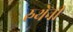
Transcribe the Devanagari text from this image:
रुथेनी